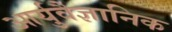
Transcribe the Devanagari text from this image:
आर्युवैज्ञानिक